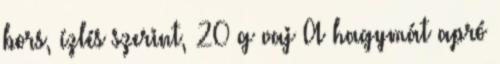
bors, ízlés szerint, 20 g vaj A hagymát apró